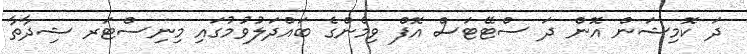
ދަ ކޮމިޝަން އޮން ދަ ސްޓޭޓަސް އޮފް ވިމެންގެ ބައްދަލުވުމުގައި މިނިސްޓަރ ޝިދާތާ